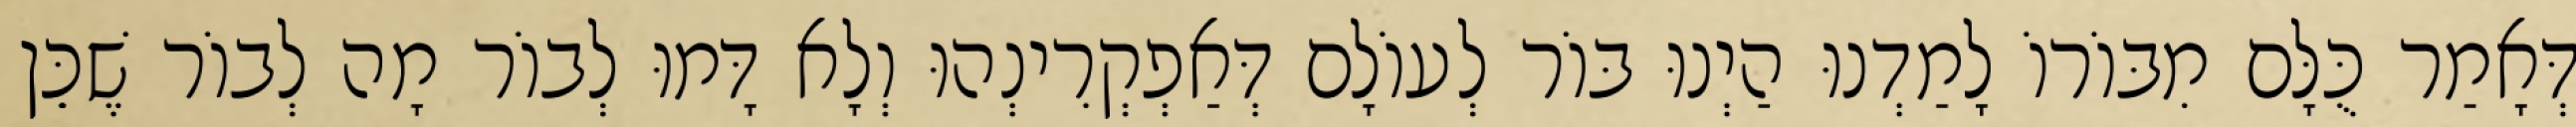
דְּאָמַר כֻּלָּם מִבּוֹרוֹ לָמַדְנוּ הַיְנוּ בּוֹר לְעוֹלָם דְּאַפְקְרִינְהוּ וְלָא דָּמוּ לְבוֹר מָה לְבוֹר שֶׁכֵּן